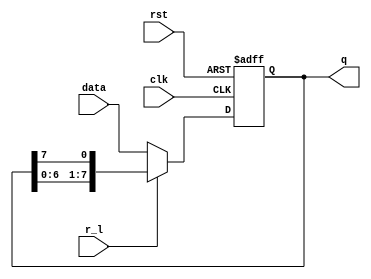
module rotate(q, data, clk, r_l, rst); // rotates bits or loads
output [7:0] q;
input [7:0] data;
input clk, r_l, rst;
reg [7:0] q;

// when r_l is high, it rotates; if low, it loads data
always @(posedge clk or posedge rst)
begin
	if (rst)
		q = 8'b0;
	else if (r_l)
		q = {q[6:0], q[7]};
	else
		q = data;
end
endmodule